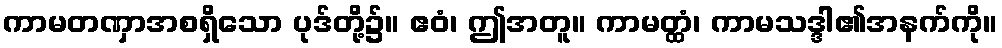
ကာမတဏှာအစရှိသော ပုဒ်တို့၌။ ဧဝံ၊ ဤအတူ။ ကာမတ္ထံ၊ ကာမသဒ္ဒါ၏အနက်ကို။